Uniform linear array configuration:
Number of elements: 4
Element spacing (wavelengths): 1
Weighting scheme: hann
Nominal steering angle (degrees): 30
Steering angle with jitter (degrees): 30.696
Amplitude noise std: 0.05
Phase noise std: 0.05

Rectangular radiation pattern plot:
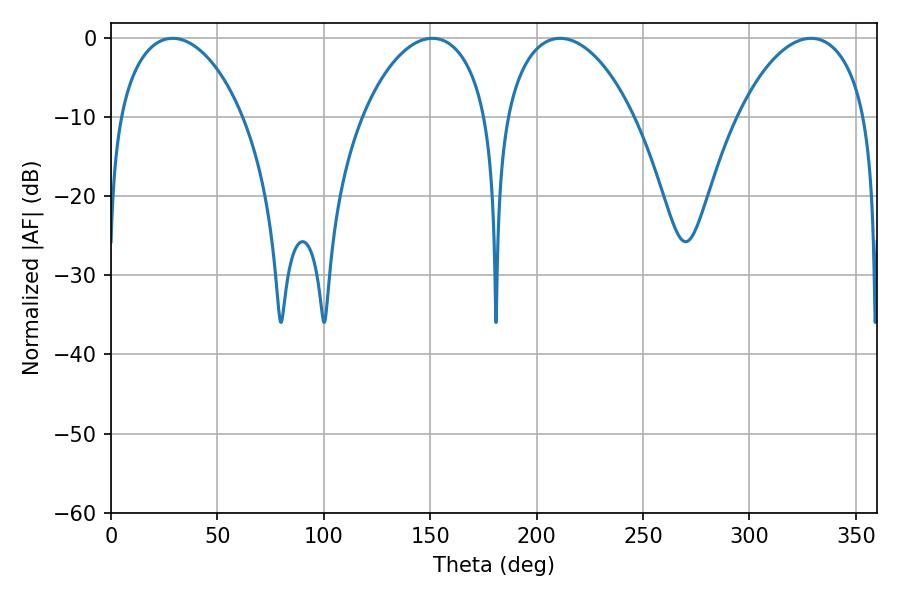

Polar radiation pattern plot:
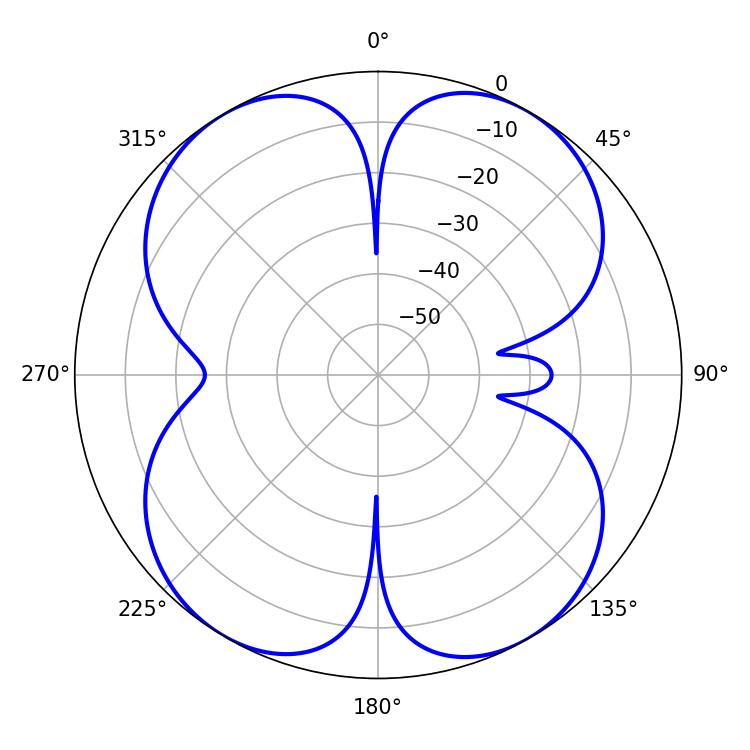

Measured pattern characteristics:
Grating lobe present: TRUE
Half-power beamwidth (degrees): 33.48
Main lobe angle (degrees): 28.98